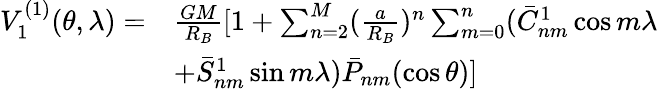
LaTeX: \begin{array}{rl}{V_{1}^{(1)}(\theta,\lambda)=}&{\frac{GM}{R_{B}}[1+\sum_{n=2}^{M}(\frac{a}{R_{B}})^{n}\sum_{m=0}^{n}(\bar{C}_{nm}^{1}\cos m\lambda}\\ &{+\bar{S}_{nm}^{1}\sin m\lambda){\bar{P}}_{nm}(\cos\theta)]}\end{array}